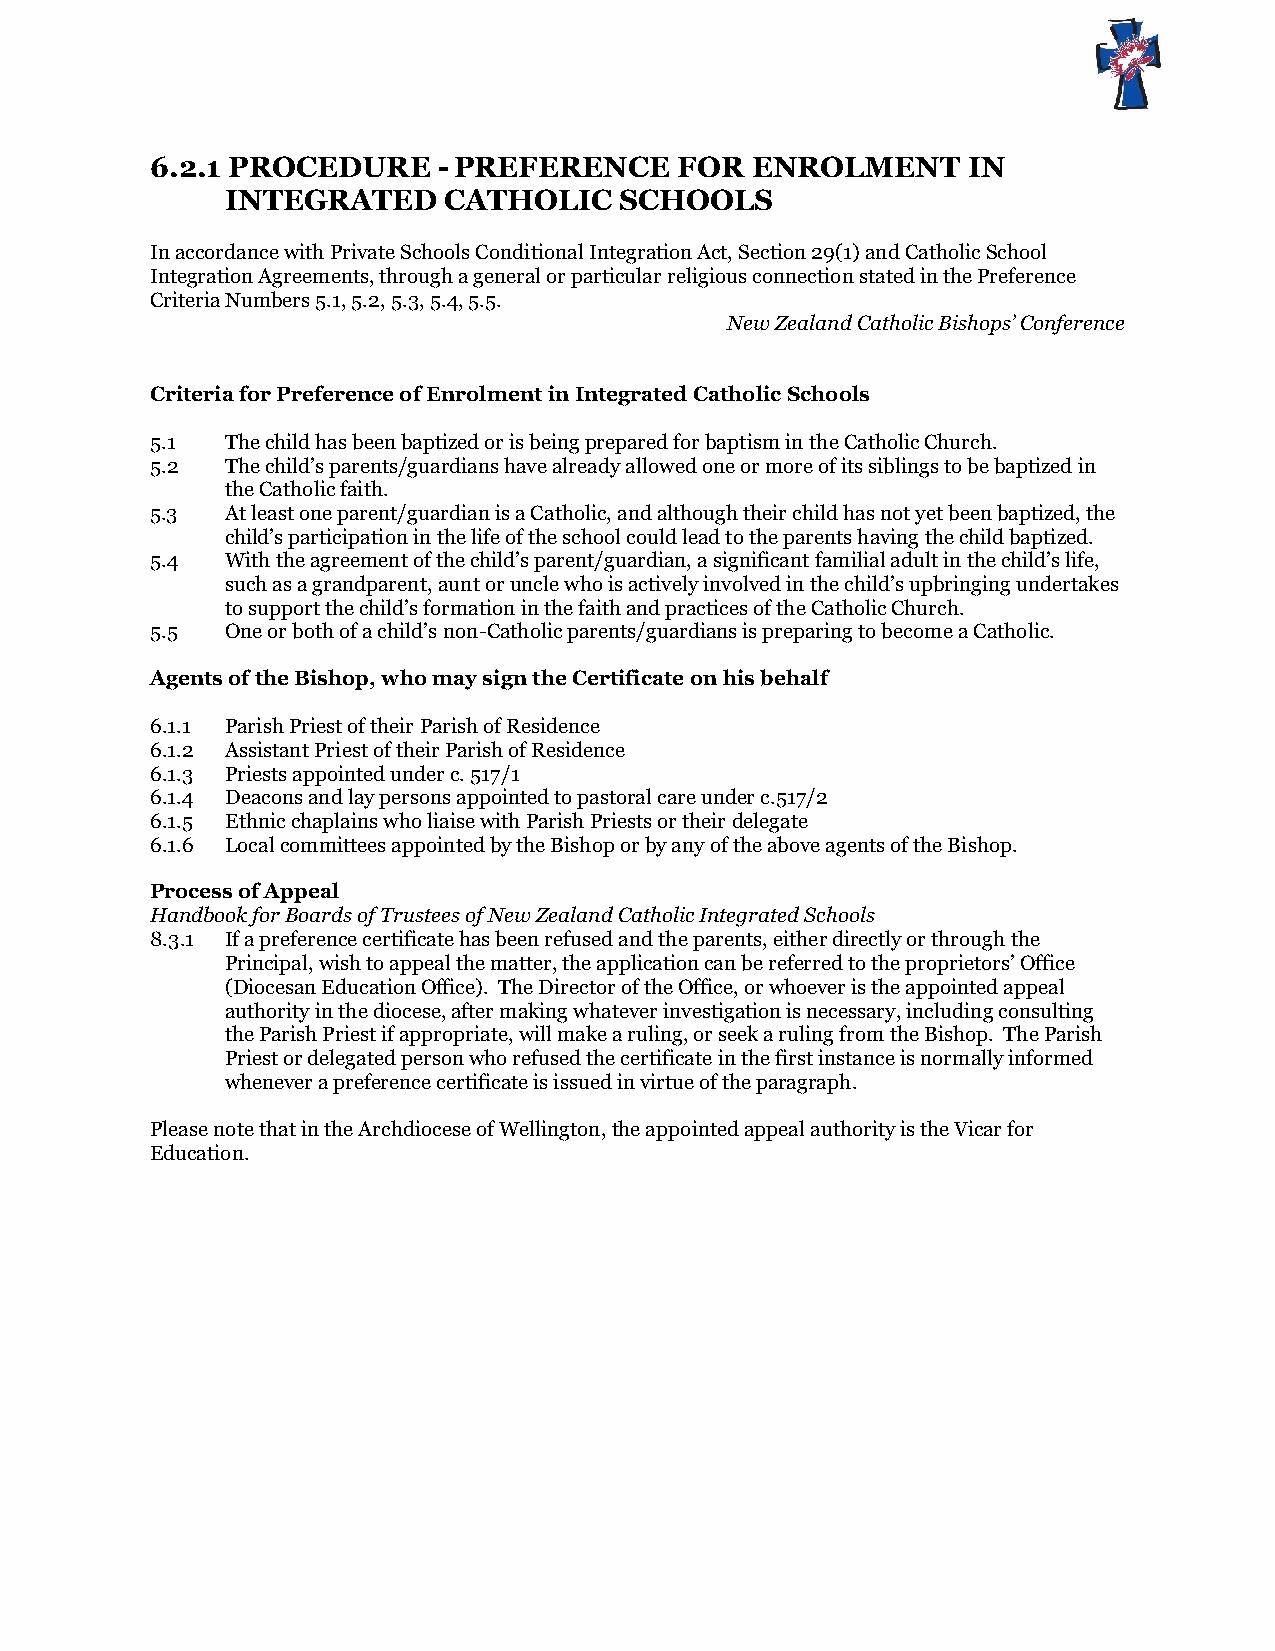
6.2.1 PROCEDURE    -PREFERENCE     FOR  ENROLMENT     IN
 INTEGRATED    CATHOLIC    SCHOOLS
 In accordance with Private Schools Conditional Integration Act, Section 29(1) and Catholic School
 Integration Agreements, through a general or particular religious connection stated in the Preference
 Criteria Numbers 5.1, 5.2, 5.3, 5.4, 5.5.
 New Zealand Catholic Bishops’ Conference
 Criteria for Preference of Enrolment in Integrated Catholic Schools
 5.1  The child has been baptized or is being prepared for baptism in the Catholic Church.
 5.2  The child’s parents/guardians have already allowed one or more of its siblings to be baptized in
 the Catholic faith.
 5.3  At least one parent/guardian is a Catholic, and although their child has not yet been baptized, the
 child’s participation in the life of the school could lead to the parents having the child baptized.
 5.4  With the agreement of the child’s parent/guardian, a significant familial adult in the child’s life,
 such as a grandparent, aunt or uncle who is actively involved in the child’s upbringing undertakes
 to support the child’s formation in the faith and practices of the Catholic Church.
 5.5  One or both of a child’s non-Catholic parents/guardians is preparing to become a Catholic.
 Agents of the Bishop, who may sign the Certificate on his behalf
 6.1.1 Parish Priest of their Parish of Residence
 6.1.2 Assistant Priest of their Parish of Residence
 6.1.3 Priests appointed under c. 517/1
 6.1.4 Deacons and lay persons appointed to pastoral care under c.517/2
 6.1.5 Ethnic chaplains who liaise with Parish Priests or their delegate
 6.1.6 Local committees appointed by the Bishop or by any of the above agents of the Bishop.
 Process of Appeal
 Handbook for Boards of Trustees of New Zealand Catholic Integrated Schools
 8.3.1 If a preference certificate has been refused and the parents, either directly or through the
 Principal, wish to appeal the matter, the application can be referred to the proprietors’ Office
 (Diocesan Education Office). The Director of the Office, or whoever is the appointed appeal
 authority in the diocese, after making whatever investigation is necessary, including consulting
 the Parish Priest if appropriate, will make a ruling, or seek a ruling from the Bishop. The Parish
 Priest or delegated person who refused the certificate in the first instance is normally informed
 whenever a preference certificate is issued in virtue of the paragraph.
 Please note that in the Archdiocese of Wellington, the appointed appeal authority is the Vicar for
 Education.